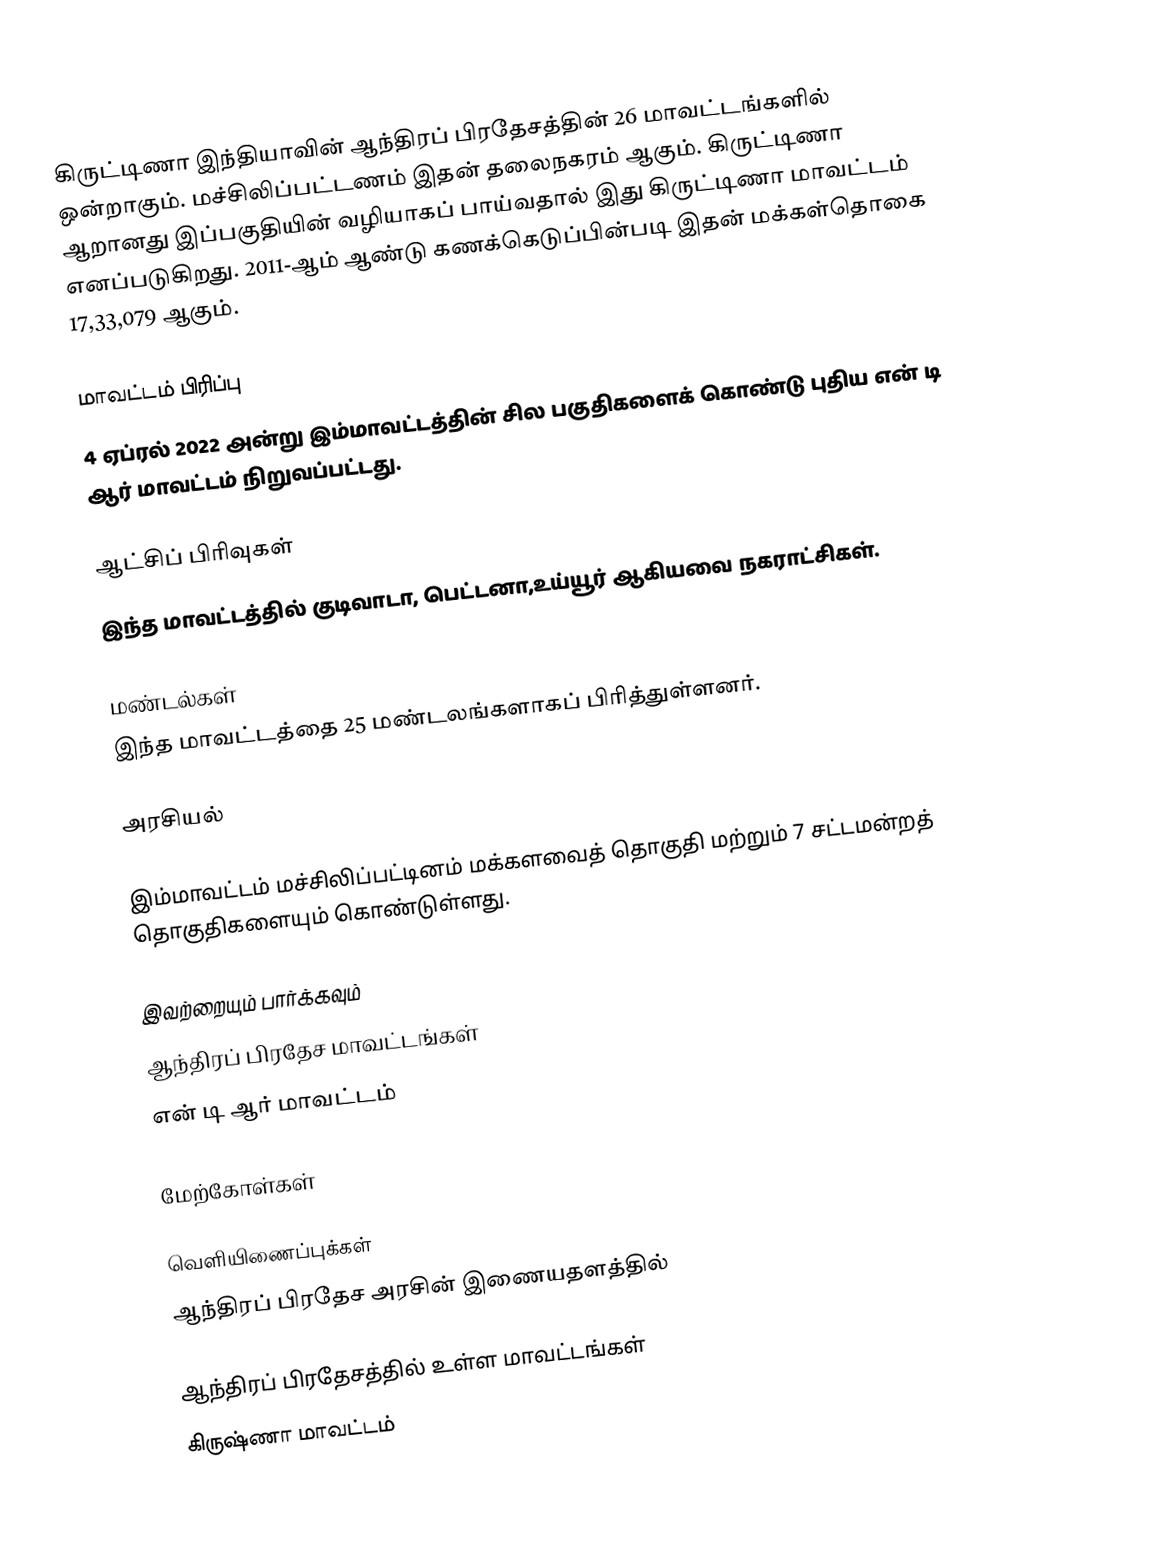
கிருட்டிணா இந்தியாவின் ஆந்திரப் பிரதேசத்தின் 26 மாவட்டங்களில் ஒன்றாகும். மச்சிலிப்பட்டணம் இதன் தலைநகரம் ஆகும். கிருட்டிணா ஆறானது இப்பகுதியின் வழியாகப் பாய்வதால் இது கிருட்டிணா மாவட்டம் எனப்படுகிறது. 2011-ஆம் ஆண்டு கணக்கெடுப்பின்படி இதன் மக்கள்தொகை 17,33,079 ஆகும்.

மாவட்டம் பிரிப்பு
4 ஏப்ரல் 2022 அன்று இம்மாவட்டத்தின் சில பகுதிகளைக் கொண்டு புதிய என் டி ஆர் மாவட்டம் நிறுவப்பட்டது.

ஆட்சிப் பிரிவுகள்
இந்த மாவட்டத்தில்  குடிவாடா, பெட்டனா,உய்யூர் ஆகியவை நகராட்சிகள்.

மண்டல்கள்
இந்த மாவட்டத்தை 25 மண்டலங்களாகப் பிரித்துள்ளனர்.

அரசியல்

இம்மாவட்டம் மச்சிலிப்பட்டினம் மக்களவைத் தொகுதி மற்றும் 7 சட்டமன்றத் தொகுதிகளையும் கொண்டுள்ளது.

இவற்றையும் பார்க்கவும்
 ஆந்திரப் பிரதேச மாவட்டங்கள்
 என் டி ஆர் மாவட்டம்

மேற்கோள்கள்

வெளியிணைப்புக்கள்
 ஆந்திரப் பிரதேச அரசின் இணையதளத்தில்

ஆந்திரப் பிரதேசத்தில் உள்ள மாவட்டங்கள்
கிருஷ்ணா மாவட்டம்